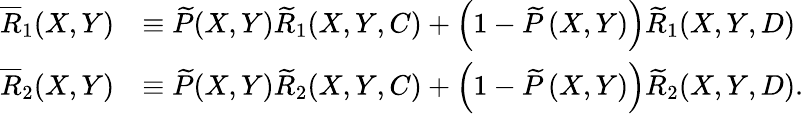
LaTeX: \begin{array}{rl}{\overline{{R}}_{1}(X,Y)}&{\equiv\widetilde{P}(X,Y)\widetilde{R}_{1}(X,Y,C)+\left(1-\widetilde{P}\left(X,Y\right)\right)\widetilde{R}_{1}(X,Y,D)}\\ {\overline{{R}}_{2}(X,Y)}&{\equiv\widetilde{P}(X,Y)\widetilde{R}_{2}(X,Y,C)+\left(1-\widetilde{P}\left(X,Y\right)\right)\widetilde{R}_{2}(X,Y,D).}\end{array}